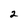
Character: 2